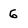
Character: 6